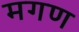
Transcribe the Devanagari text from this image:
मगण